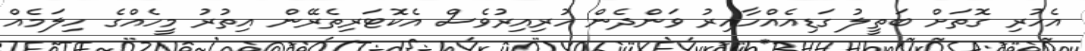
އެހުރި ގޮތަށް ބަތީލު ގަޑިއެއްހާއިރު ވަންދެން ހުރިއިރުވެސް އެކޮޓަރިތެރޭން އިތުރު މީހެއްގެ ހިލަމެއް